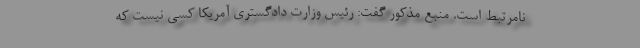
نامرتبط است. منبع مذکور گفت: رئیس وزارت دادگستری آمریکا کسی نیست که